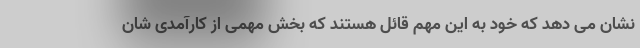
نشان می دهد که خود به این مهم قائل هستند که بخش مهمی از کارآمدی شان